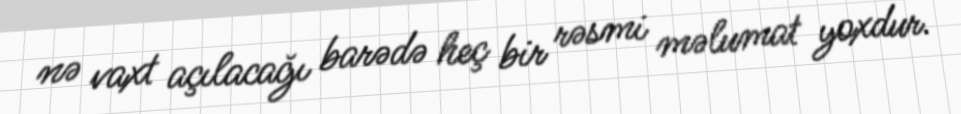
nə vaxt açılacağı barədə heç bir rəsmi məlumat yoxdur.